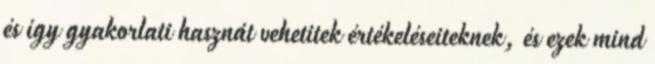
és így gyakorlati hasznát vehetitek értékeléseiteknek, és ezek mind